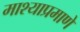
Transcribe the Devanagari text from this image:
माश्याप्रमाणे